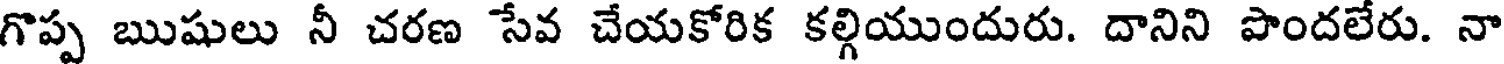
గొప్ప ఋషులు నీ చరణ సేవ చేయకోరిక కల్గియుందురు. దానిని పొందలేరు. నా